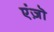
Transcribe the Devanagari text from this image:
एंज़ॊ